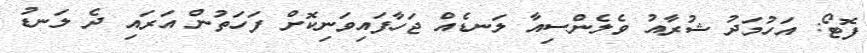
ފޮޓޯ: އަހުމަދު ޝުރާއު ވެލެންސިއާ ލަނޑެއް ޖަހާފައިވަނިކޮށް ފަހަތުން އަރައި ދެ ލަނޑު